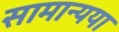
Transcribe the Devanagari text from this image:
सामान्यया